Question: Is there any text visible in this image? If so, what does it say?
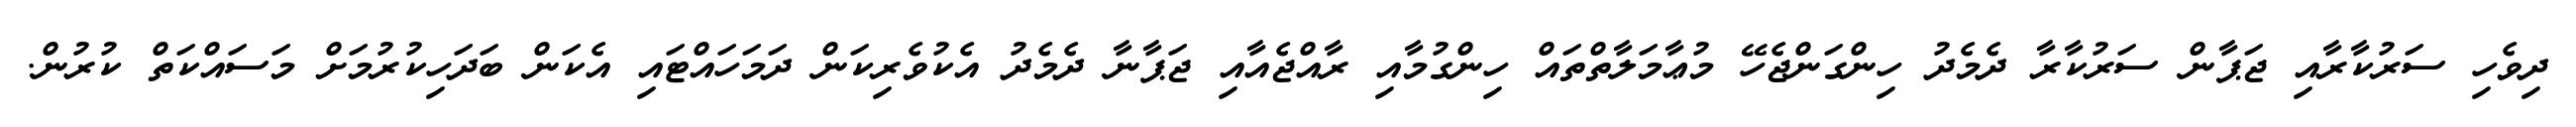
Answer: ދިވެހި ސަރުކާރާއި ޖަޕާން ސަރުކާރާ ދެމެދު ހިންގަންޖެހޭ މުޢާމަލާތްތައް ހިންގުމާއި ރާއްޖެއާއި ޖަޕާނާ ދެމެދު އެކުވެރިކަން ދަމަހައްޓައި އެކަން ބަދަހިކުރުމަށް މަސައްކަތް ކުރުން.